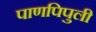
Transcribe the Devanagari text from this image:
पाणपिपुली